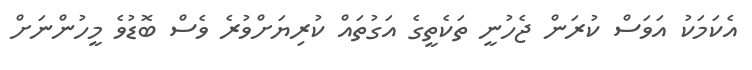
އެކަމަކު އަވަސް ކުރަން ޖެހުނީ ތަކެތީގެ އަގުތައް ކުރިޔަށްވުރެ ވެސް ބޮޑުވެ މީހުންނަށް